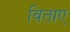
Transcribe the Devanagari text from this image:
विताए